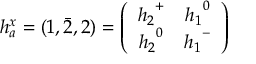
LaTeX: h _ { a } ^ { x } = ( 1 , \bar { 2 } , 2 ) = \left( \begin{array} { c c } { { { h _ { 2 } } ^ { + } } } & { { { h _ { 1 } } ^ { 0 } } } \\ { { { h _ { 2 } } ^ { 0 } } } & { { { h _ { 1 } } ^ { - } } } \end{array} \right)